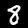
Label: 8